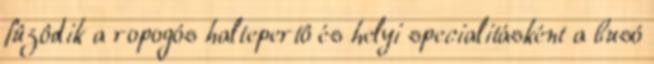
fûzôdik a ropogós haltepertô és helyi specialitásként a busó